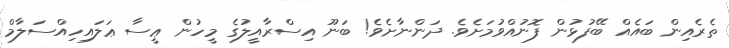
ތެރެއިން ބައެއް ބޭފުޅުން ފޮނުއްވުމަށެވެ. ދަންނާށެވެ! ބަނޫ އިސްރާއީލުގެ މީހުން ޢީސާ ޢަލައިހިއްސަލާމް